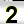
Digit: 2